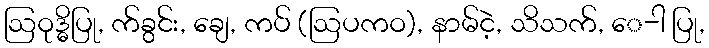
ဩဝုဒ္ဓိပြု, က်ခွင်း, ချေ, ကပ် (ဩပကဝ), နာမ်ငဲ့, သိသက်, ေ-ါ ပြု,